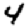
Digit: 4